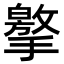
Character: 𢶡